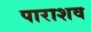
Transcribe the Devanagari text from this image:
पाराशव